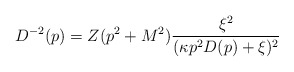
\begin{align*}D^{-2}(p)=Z(p^2+M^2)\frac{\xi^2}{(\kappa p^2 D(p)+\xi)^2}\end{align*}